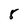
Character: 8